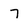
Character: 7